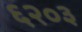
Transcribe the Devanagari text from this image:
६२०३